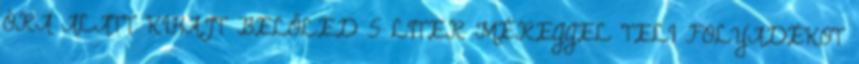
ÓRA ALATT KIHAJT BELŐLED 5 LITER MÉREGGEL TELI FOLYADÉKOT